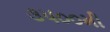
૩૫૦૦મી